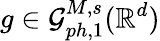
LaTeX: g\in\mathcal{G}_{ph,1}^{M,s}(\mathbb R^{d})